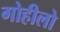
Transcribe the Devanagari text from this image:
गोहीलो